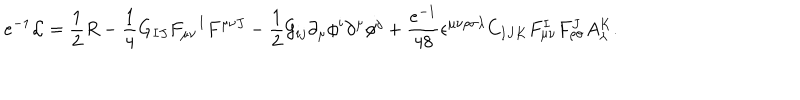
LaTeX: e ^ { - 1 } \mathcal { L } = \frac { 1 } { 2 } R - { \frac { 1 } { 4 } } G _ { I J } F _ { \mu \nu } { } ^ { I } F ^ { \mu \nu J } - \frac { 1 } { 2 } \mathcal { G } _ { i j } \partial _ { \mu } \phi ^ { i } \partial ^ { \mu } \phi ^ { j } + { \frac { e ^ { - 1 } } { 4 8 } } \epsilon ^ { \mu \nu \rho \sigma \lambda } C _ { I J K } F _ { \mu \nu } ^ { I } F _ { \rho \sigma } ^ { J } A _ { \lambda } ^ { K } .